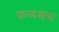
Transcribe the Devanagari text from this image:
कळसच